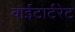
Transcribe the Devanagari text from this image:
वाईटार्टरेट